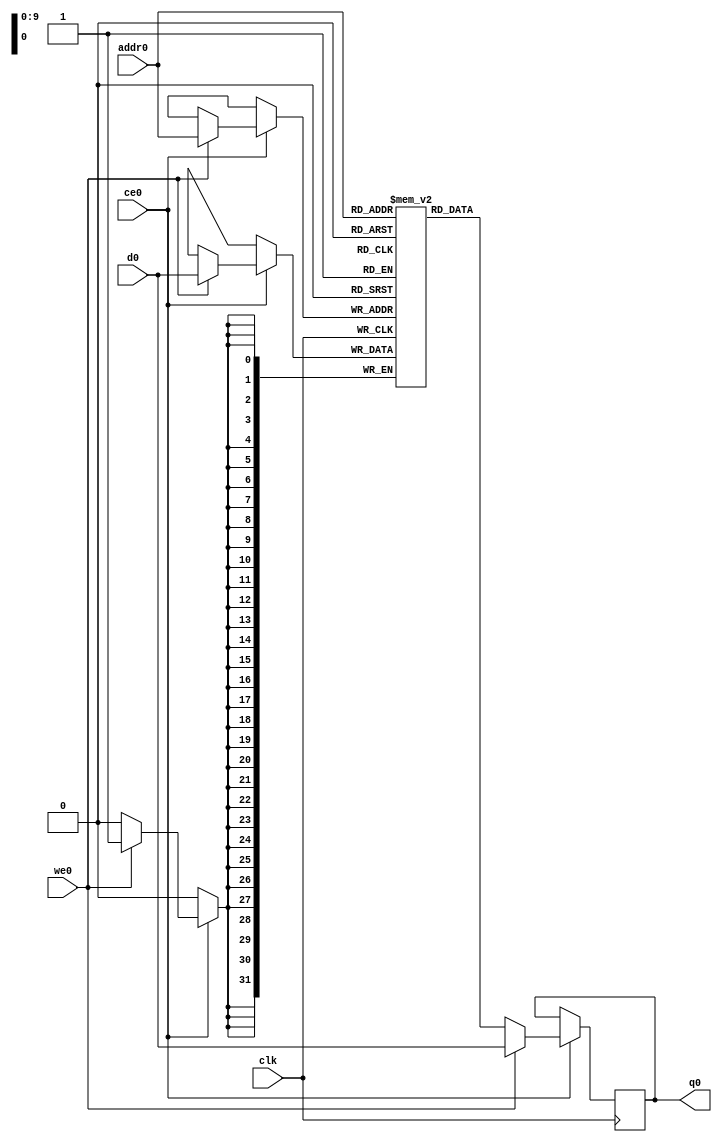
module HLS_accel_b_ram (addr0, ce0, d0, we0, q0,  clk);

parameter DWIDTH = 32;
parameter AWIDTH = 10;
parameter MEM_SIZE = 1024;

input[AWIDTH-1:0] addr0;
input ce0;
input[DWIDTH-1:0] d0;
input we0;
output reg[DWIDTH-1:0] q0;
input clk;

(* ram_style = "block" *)reg [DWIDTH-1:0] ram[MEM_SIZE-1:0];




always @(posedge clk)  
begin 
    if (ce0) 
    begin
        if (we0) 
        begin 
            ram[addr0] <= d0; 
            q0 <= d0;
        end 
        else 
            q0 <= ram[addr0];
    end
end


endmodule